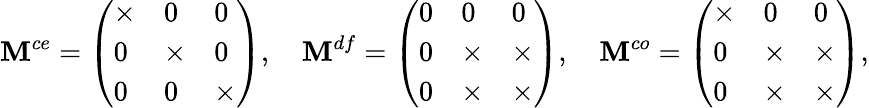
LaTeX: \mathbf{M}^{ce}=\left(\begin{array}{lll}{\times}&{0}&{0}\\ {0}&{\times}&{0}\\ {0}&{0}&{\times}\end{array}\right),\quad\mathbf{M}^{df}=\left(\begin{array}{lll}{0}&{0}&{0}\\ {0}&{\times}&{\times}\\ {0}&{\times}&{\times}\end{array}\right),\quad\mathbf{M}^{co}=\left(\begin{array}{lll}{\times}&{0}&{0}\\ {0}&{\times}&{\times}\\ {0}&{\times}&{\times}\end{array}\right),